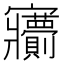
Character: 𡬙